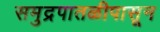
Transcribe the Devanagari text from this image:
समुद्रपातळीपासून